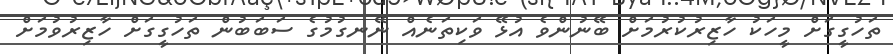
ތަހުގީގަށް މީހަކު ހާޒިރުކުރުމަށް ބޭނުންވެ އުޅޭ ވަކިތަނެއް ނޭނގުމުގެ ސަބަބުން ތަހުގީގަށް ހާޒިރުވުމަށް